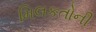
મિલકતોની